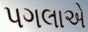
પગલાએ